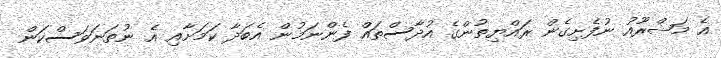
އެ މަޝްރޫއު ނުފެށިގެން ރައްޔިތުންގެ އުދާސްތައް ފެންނަމުން އެބަދާ ކަމަށާއި އެ ނުތަނަވަސްކަން